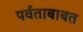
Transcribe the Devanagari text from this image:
पर्वताबाबत